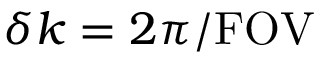
\delta k = 2 \pi / \mathrm { F O V }